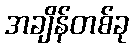
အချိန်တစ်ခု